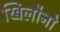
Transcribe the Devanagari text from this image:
खिलौनो